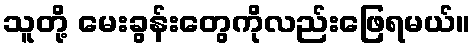
သူတို့ မေးခွန်းတွေကိုလည်းဖြေရမယ်။